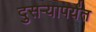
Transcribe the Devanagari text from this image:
दुसऱ्यापर्यंत